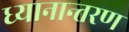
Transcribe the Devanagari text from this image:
ध्यानान्तरण